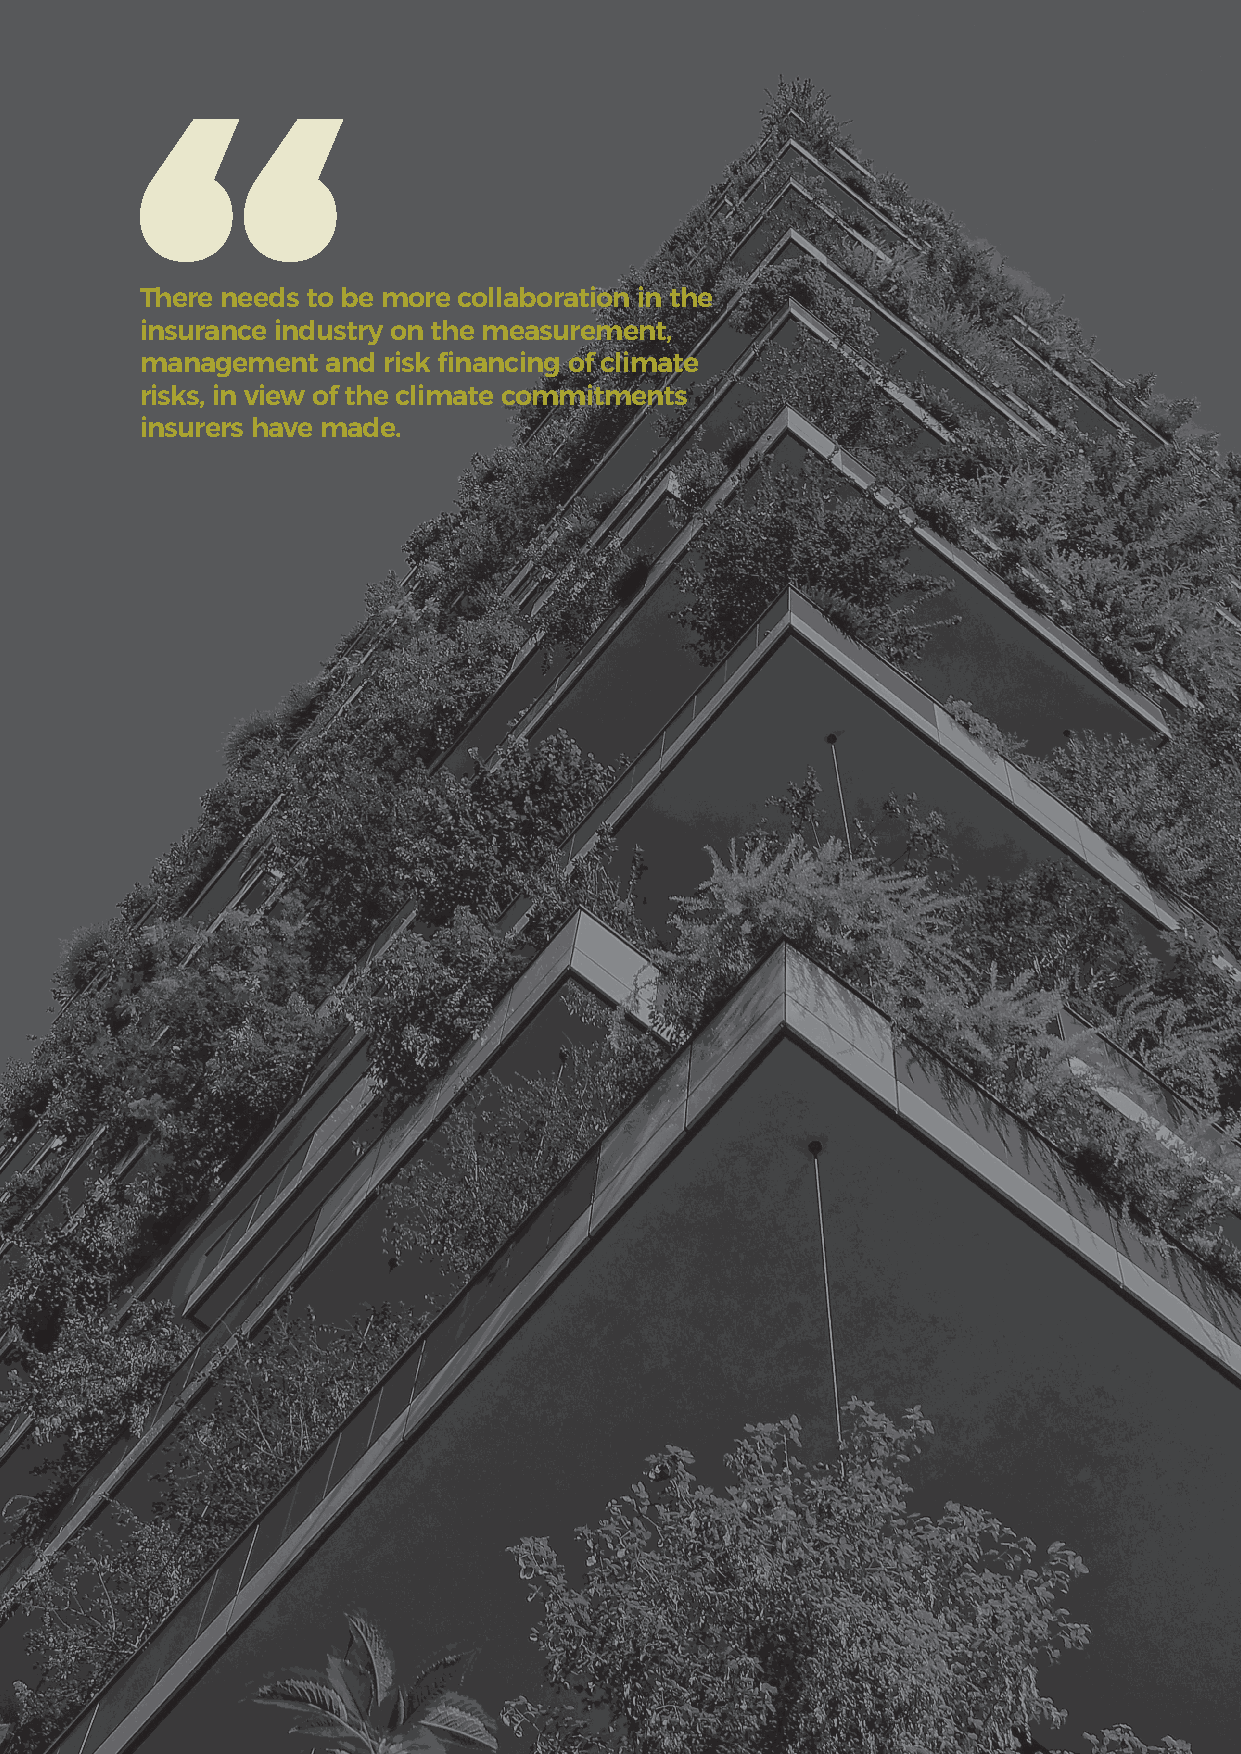
19
 Working together to tackle climate risks
 There needs to be more collaboration in the
 insurance industry on the measurement,
 management   and risk financing of climate
 risks, in view of the climate commitments
 insurers have made.